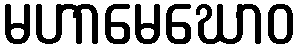
မဟာမေဃောဝ